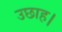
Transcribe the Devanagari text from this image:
उछाह।